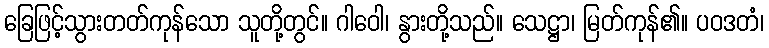
ခြေဖြင့်သွားတတ်ကုန်သော သူတို့တွင်။ ဂါဝေါ၊ နွားတို့သည်။ သေဋ္ဌာ၊ မြတ်ကုန်၏။ ပဝဒတံ၊